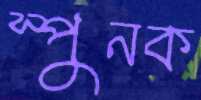
স্পুনক